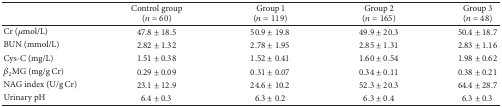
<table><thead><tr><td><b> </b></td><td><b>Control group(<i>n</i> = 60)</b></td><td><b>Group 1(<i>n</i> = 119)</b></td><td><b>Group 2(<i>n</i> = 165)</b></td><td><b>Group 3(<i>n</i> = 48)</b></td></tr></thead><tbody><tr><td>Cr (<i>μ</i>mol/L)</td><td>47.8 ± 18.5</td><td>50.9 ± 19.8</td><td>49.9 ± 20.3</td><td>50.4 ± 18.7</td></tr><tr><td>BUN (mmol/L)</td><td>2.82 ± 1.32</td><td>2.78 ± 1.95</td><td>2.85 ± 1.31</td><td>2.83 ± 1.16</td></tr><tr><td>Cys-C (mg/L)</td><td>1.51 ± 0.38</td><td>1.52 ± 0.41</td><td>1.60 ± 0.54</td><td>1.98 ± 0.62</td></tr><tr><td><i>β</i><sub>2</sub>MG (mg/g Cr)</td><td>0.29 ± 0.09</td><td>0.31 ± 0.07</td><td>0.34 ± 0.11</td><td>0.38 ± 0.21</td></tr><tr><td>NAG index (U/g Cr)</td><td>23.1 ± 12.9</td><td>24.6 ± 10.2</td><td>52.3 ± 20.3</td><td>64.4 ± 28.7</td></tr><tr><td>Urinary pH</td><td>6.4 ± 0.3</td><td>6.3 ± 0.2</td><td>6.3 ± 0.4</td><td>6.3 ± 0.3</td></tr></tbody></table>